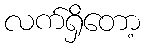
လက်ရှိတော့